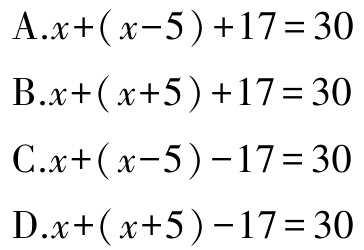
A.$x+(x - 5)+17 = 30$

B.$x+(x + 5)+17 = 30$

C.$x+(x - 5)-17 = 30$

D.$x+(x + 5)-17 = 30$